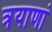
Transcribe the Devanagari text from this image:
त्रयाणां